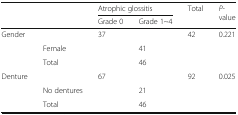
<table><thead><tr><td rowspan="2">[EMPTY_CELL]</td><td rowspan="2">[EMPTY_CELL]</td><td colspan="2"><b>Atrophic glossitis</b></td><td rowspan="2"><b>Total</b></td><td rowspan="2"><b><i>P</i>-value</b></td></tr><tr><td><b>Grade 0</b></td><td><b>Grade 1~4</b></td></tr></thead><tbody><tr><td rowspan="3">Gender</td><td>[EMPTY_CELL]</td><td>37</td><td>[EMPTY_CELL]</td><td>42</td><td rowspan="2">0.221</td></tr><tr><td>Female</td><td>[EMPTY_CELL]</td><td>41</td><td>[EMPTY_CELL]</td></tr><tr><td>Total</td><td>[EMPTY_CELL]</td><td>46</td><td>[EMPTY_CELL]</td><td>[EMPTY_CELL]</td></tr><tr><td rowspan="3">Denture</td><td>[EMPTY_CELL]</td><td>67</td><td>[EMPTY_CELL]</td><td>92</td><td rowspan="2">0.025</td></tr><tr><td>No dentures</td><td>[EMPTY_CELL]</td><td>21</td><td>[EMPTY_CELL]</td></tr><tr><td>Total</td><td>[EMPTY_CELL]</td><td>46</td><td>[EMPTY_CELL]</td><td>[EMPTY_CELL]</td></tr></tbody></table>